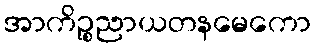
အာကိဉ္စညာယတနမေကော